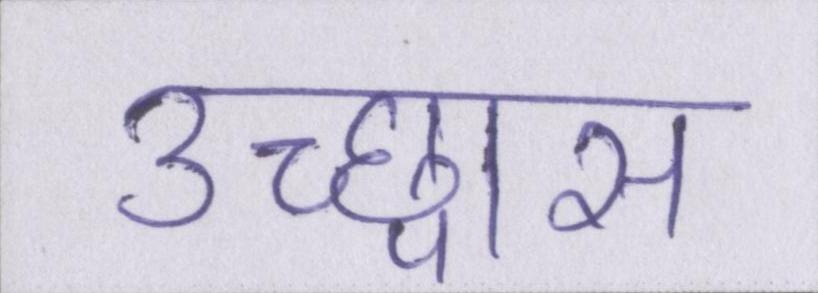
उच्छ्वास